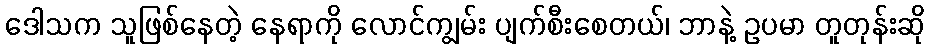
ဒေါသက သူဖြစ်နေတဲ့ နေရာကို လောင်ကျွမ်း ပျက်စီးစေတယ်၊ ဘာနဲ့ ဥပမာ တူတုန်းဆို